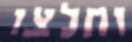
וחלצו